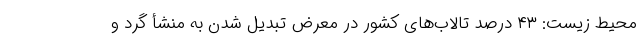
محیط زیست: ۴۳ درصد تالاب‌های کشور در معرض تبدیل شدن به منشأ گرد و